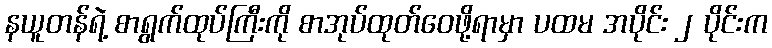
နယူတန်ရဲ့ စာရွက်ထုပ်ကြီးကို စာအုပ်ထုတ်ဝေဖို့ရာမှာ ပထမ အပိုင်း ၂ ပိုင်းက